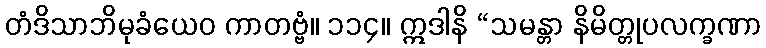
တံဒိသာဘိမုခံယေဝ ကာတဗ္ဗံ။ ၁၁၄။ ဣဒါနိ “သမန္တာ နိမိတ္တုပလက္ခဏာ